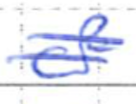
Text: of
Cross-out: double-line
Writing tool: ballpoint